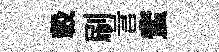
轂刷言蜚